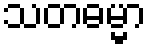
သတဓမ္မာ